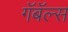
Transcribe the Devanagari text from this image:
गॅबॅल्स